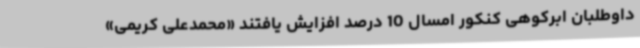
داوطلبان ابرکوهی کنکور امسال 10 درصد افزایش یافتند «محمدعلی کریمی»